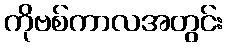
ကိုဗစ်ကာလအတွင်း